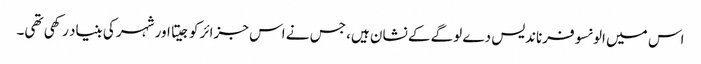
اس میں الونسو فرناندیس دے لوگے کے نشان ہیں، جس نے اس جزائر کو جیتا اور شہر کی بنیاد رکھی تھی۔